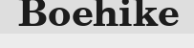
Boehike